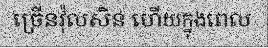
ច្រើនវ៉ុលសិន ហើយក្នុងពេល